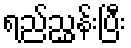
ရည်ညွှန်းပြီး